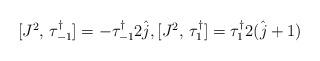
LaTeX: \begin{align*}\begin{matrix}[J^2, \, \tau^\dagger_{-1}] = -\tau^\dagger_{-1} 2 \hat{j},[J^2, \, \tau^\dagger_{ 1}] = \tau^\dagger_{ 1} 2 (\hat{j} + 1)\\\end{matrix}\end{align*}